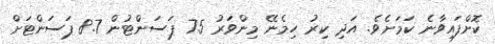
ކޮށްފައިވާނެ ކަމަށެވެ. އަދި ކިރު ހިމެނޭ މިންވަރު 7.5 ޕަސަންޓުން 8.7 ޕަސަންޓަށް